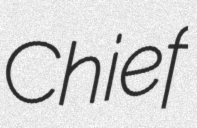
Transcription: Chief